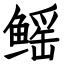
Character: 鳐